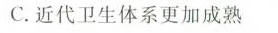
C.近代卫生体系更加成熟